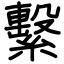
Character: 繫